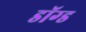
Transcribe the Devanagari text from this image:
डॉग्ड